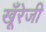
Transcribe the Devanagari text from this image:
खूँरेजी